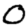
Digit: 0